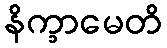
နိက္ခာမေတိ